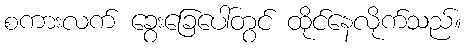
စကားလက် ခွေးခြေပေါ်တွင် ထိုင်နေလိုက်သည်။